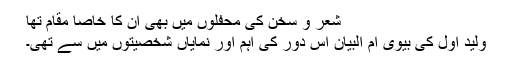
شعر و سخن کی محفلوں میں بھی ان کا خاصا مقام تھا
ولید اول کی بیوی ام البیان اس دور کی اہم اور نمایاں شخصیتوں میں سے تھی۔